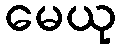
မေယု